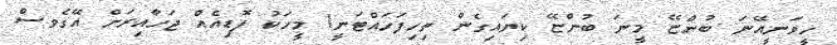
ހީވަނީއޭނަ ބުންޏޭ މީނަ ބުންޏޭ ކިޔައިގެން ތިހިފަހައްޓަނީ! މީހަކު ފޮޑިއެއް ޖަހާއިރަށް އޭގެވސް